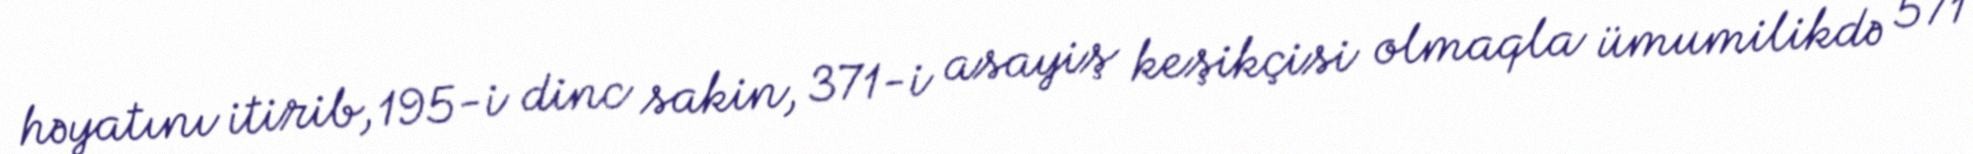
həyatını itirib, 195-i dinc sakin, 371-i asayiş keşikçisi olmaqla ümumilikdə 571